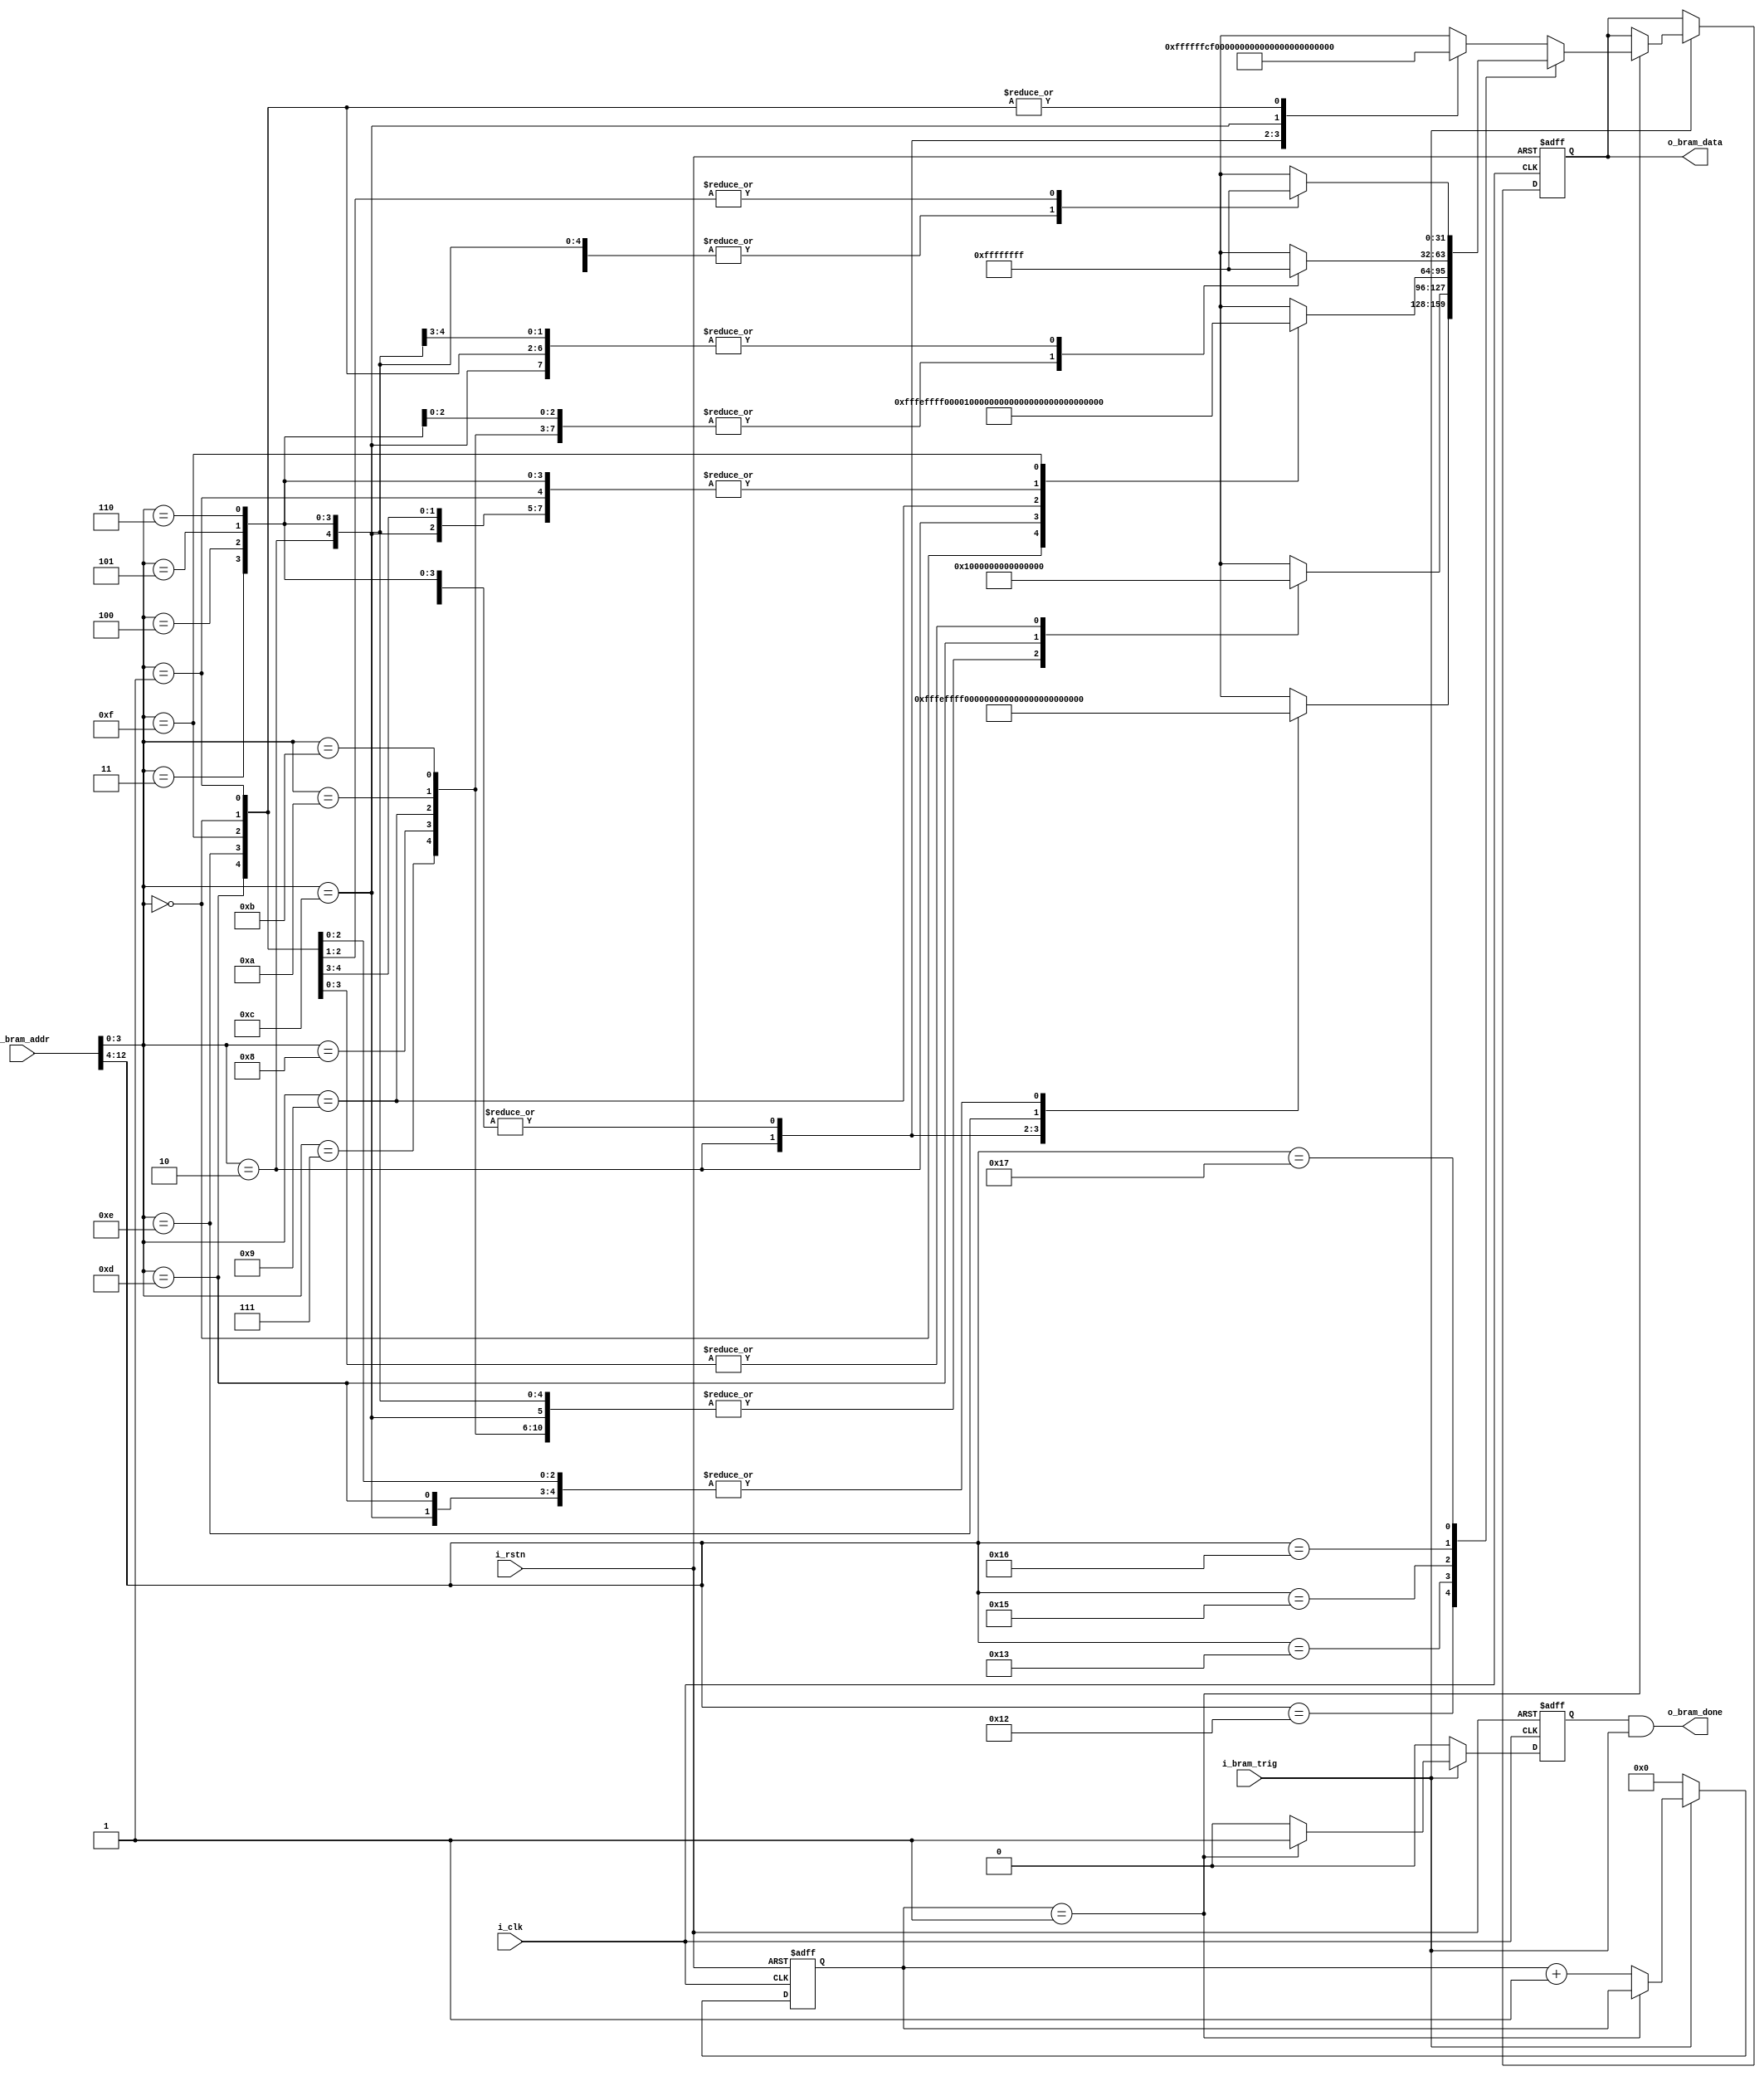
module BRAM_model_rd(
	i_clk,
	i_rstn,
	i_bram_addr,
	o_bram_data,
	i_bram_trig,
	o_bram_done
	
);
	parameter READ_LATENCY=1;  // Defined as: cyc# after 'trig' assertion being accepted
	input i_clk;
	input i_rstn;
	
	input [12:0] i_bram_addr;
	output reg [31:0] o_bram_data;
	input i_bram_trig;
	output o_bram_done;
	
	reg o_bram_done_pre;
	
	// IMPORTANT! 'done' signal must be suppressed when i_trig is down!
	assign o_bram_done = o_bram_done_pre & i_bram_trig;
	
	
	reg [7:0] latency_cnter;
	
	always@(posedge i_clk or negedge i_rstn) begin
		if(~i_rstn) begin
			o_bram_data <= 32'd0;
			o_bram_done_pre <= 1'b0;
			latency_cnter<=8'd0;
			end
		else 
			begin
				if(i_bram_trig)
					begin
						
						if(latency_cnter==READ_LATENCY)
							begin
								o_bram_done_pre<=1'b1;
								o_bram_data<=return_bram_data(i_bram_addr);
							end
						else
							begin
								o_bram_done_pre<=1'b0;
								latency_cnter<=latency_cnter+1'b1;
								//do not touch o_bram_data
							end
					end
				else
					begin
						o_bram_done_pre<=1'b0;
						latency_cnter<=0;
					end
			end
	
	end
	reg [511:0] RAW_DATA_18 = 512'hffffffff_ffffffff_fffeffff_00000000_00000000_00000000_00000000_00000000_00000000_00000000_00000000_00000000_ffffffff_ffffffff_0fffffff_ffffffff	; //{{8{1'b1}} , {496{1'b0}} , {8{1'b1}}};
	reg [511:0] RAW_DATA_19 = 512'hffffffff_ffffffff_00000000_00000000_00000000_00000000_00000000_00000000_00000000_00000000_00000000_00000000_00000000_0fffffff_ffffffff_ffffffff	; //{{8{1'b1}} , {496{1'b0}} , {8{1'b1}}};
	reg [511:0] RAW_DATA_20 = 512'hffffffff_ffffffff_ffffffcf_00000000_00000000_00000000_00000000_00000000_00000000_00000000_00000000_00000000_fcffffff_ffffffff_ffffffff_ffffffff	; //{{8{1'b1}} , {496{1'b0}} , {8{1'b1}}};
	reg [511:0] RAW_DATA_21 = 512'hfffeffff_00000000_00001000_00000000_00000000_00000000_00000000_00000000_00000000_00000100_00000000_00000000_00000000_00000000_00000000_ffffffff	; //{{8{1'b1}} , {496{1'b0}} , {8{1'b1}}};
	reg [511:0] RAW_DATA_22 = 512'hffffffff_ffffffff_ffffffff_ffffffff_00000000_00000000_00000000_00000000_00000000_00000000_00000000_00000000_ffffffff_ffffffff_ffffffff_ffffffff	; //{{8{1'b1}} , {496{1'b0}} , {8{1'b1}}};
	reg [511:0] RAW_DATA_23 = 512'hffffffff_00000000_00000000_00000000_00000000_00000000_00000000_00000000_00000000_00000000_00000000_00000000_00000000_00000000_00000000_ffffffff	; //{{8{1'b1}} , {496{1'b0}} , {8{1'b1}}};
	function automatic [31:0] return_bram_data;
		input [12:0] addr;
		begin
			// TODO: Need to read raw data from a file!	
			case(addr[12:4])
				9'd18:
					case(addr[3:0]) //ref row data
						4'd0:  return_bram_data=RAW_DATA_18[511:480];
						4'd1:  return_bram_data=RAW_DATA_18[479:448];
						4'd2:  return_bram_data=RAW_DATA_18[447:416];
						4'd3:  return_bram_data=RAW_DATA_18[415:384];
						4'd4:  return_bram_data=RAW_DATA_18[383:352];
						4'd5:  return_bram_data=RAW_DATA_18[351:320];
						4'd6:  return_bram_data=RAW_DATA_18[319:288];
						4'd7:  return_bram_data=RAW_DATA_18[287:256];
						4'd8:  return_bram_data=RAW_DATA_18[255:224];
						4'd9:  return_bram_data=RAW_DATA_18[223:192];
						4'd10: return_bram_data=RAW_DATA_18[191:160];
						4'd11: return_bram_data=RAW_DATA_18[159:128];
						4'd12: return_bram_data=RAW_DATA_18[127:96];
						4'd13: return_bram_data=RAW_DATA_18[95:64];
						4'd14: return_bram_data=RAW_DATA_18[63:32];
						4'd15: return_bram_data=RAW_DATA_18[31:0];
						default: return_bram_data=32'hffff_ffff;
					endcase
				9'd19:
					case(addr[3:0]) //ref row data
						4'd0:  return_bram_data=RAW_DATA_19[511:480];
						4'd1:  return_bram_data=RAW_DATA_19[479:448];
						4'd2:  return_bram_data=RAW_DATA_19[447:416];
						4'd3:  return_bram_data=RAW_DATA_19[415:384];
						4'd4:  return_bram_data=RAW_DATA_19[383:352];
						4'd5:  return_bram_data=RAW_DATA_19[351:320];
						4'd6:  return_bram_data=RAW_DATA_19[319:288];
						4'd7:  return_bram_data=RAW_DATA_19[287:256];
						4'd8:  return_bram_data=RAW_DATA_19[255:224];
						4'd9:  return_bram_data=RAW_DATA_19[223:192];
						4'd10: return_bram_data=RAW_DATA_19[191:160];
						4'd11: return_bram_data=RAW_DATA_19[159:128];
						4'd12: return_bram_data=RAW_DATA_19[127:96];
						4'd13: return_bram_data=RAW_DATA_19[95:64];
						4'd14: return_bram_data=RAW_DATA_19[63:32];
						4'd15: return_bram_data=RAW_DATA_19[31:0];
						default: return_bram_data=32'hffff_ffff;
					endcase
				9'd20:
					case(addr[3:0]) //ref row data
						4'd0:  return_bram_data=RAW_DATA_20[511:480];
						4'd1:  return_bram_data=RAW_DATA_20[479:448];
						4'd2:  return_bram_data=RAW_DATA_20[447:416];
						4'd3:  return_bram_data=RAW_DATA_20[415:384];
						4'd4:  return_bram_data=RAW_DATA_20[383:352];
						4'd5:  return_bram_data=RAW_DATA_20[351:320];
						4'd6:  return_bram_data=RAW_DATA_20[319:288];
						4'd7:  return_bram_data=RAW_DATA_20[287:256];
						4'd8:  return_bram_data=RAW_DATA_20[255:224];
						4'd9:  return_bram_data=RAW_DATA_20[223:192];
						4'd10: return_bram_data=RAW_DATA_20[191:160];
						4'd11: return_bram_data=RAW_DATA_20[159:128];
						4'd12: return_bram_data=RAW_DATA_20[127:96];
						4'd13: return_bram_data=RAW_DATA_20[95:64];
						4'd14: return_bram_data=RAW_DATA_20[63:32];
						4'd15: return_bram_data=RAW_DATA_20[31:0];
						default: return_bram_data=32'hffff_ffff;
					endcase
				9'd21:
					case(addr[3:0]) //ref row data
						4'd0:  return_bram_data=RAW_DATA_21[511:480];
						4'd1:  return_bram_data=RAW_DATA_21[479:448];
						4'd2:  return_bram_data=RAW_DATA_21[447:416];
						4'd3:  return_bram_data=RAW_DATA_21[415:384];
						4'd4:  return_bram_data=RAW_DATA_21[383:352];
						4'd5:  return_bram_data=RAW_DATA_21[351:320];
						4'd6:  return_bram_data=RAW_DATA_21[319:288];
						4'd7:  return_bram_data=RAW_DATA_21[287:256];
						4'd8:  return_bram_data=RAW_DATA_21[255:224];
						4'd9:  return_bram_data=RAW_DATA_21[223:192];
						4'd10: return_bram_data=RAW_DATA_21[191:160];
						4'd11: return_bram_data=RAW_DATA_21[159:128];
						4'd12: return_bram_data=RAW_DATA_21[127:96];
						4'd13: return_bram_data=RAW_DATA_21[95:64];
						4'd14: return_bram_data=RAW_DATA_21[63:32];
						4'd15: return_bram_data=RAW_DATA_21[31:0];
						default: return_bram_data=32'hffff_ffff;
					endcase
				9'd22:
					case(addr[3:0]) //ref row data
						4'd0:  return_bram_data=RAW_DATA_22[511:480];
						4'd1:  return_bram_data=RAW_DATA_22[479:448];
						4'd2:  return_bram_data=RAW_DATA_22[447:416];
						4'd3:  return_bram_data=RAW_DATA_22[415:384];
						4'd4:  return_bram_data=RAW_DATA_22[383:352];
						4'd5:  return_bram_data=RAW_DATA_22[351:320];
						4'd6:  return_bram_data=RAW_DATA_22[319:288];
						4'd7:  return_bram_data=RAW_DATA_22[287:256];
						4'd8:  return_bram_data=RAW_DATA_22[255:224];
						4'd9:  return_bram_data=RAW_DATA_22[223:192];
						4'd10: return_bram_data=RAW_DATA_22[191:160];
						4'd11: return_bram_data=RAW_DATA_22[159:128];
						4'd12: return_bram_data=RAW_DATA_22[127:96];
						4'd13: return_bram_data=RAW_DATA_22[95:64];
						4'd14: return_bram_data=RAW_DATA_22[63:32];
						4'd15: return_bram_data=RAW_DATA_22[31:0];
						default: return_bram_data=32'hffff_ffff;
					endcase
				9'd23:
					case(addr[3:0]) //ref row data
						4'd0:  return_bram_data=RAW_DATA_23[511:480];
						4'd1:  return_bram_data=RAW_DATA_23[479:448];
						4'd2:  return_bram_data=RAW_DATA_23[447:416];
						4'd3:  return_bram_data=RAW_DATA_23[415:384];
						4'd4:  return_bram_data=RAW_DATA_23[383:352];
						4'd5:  return_bram_data=RAW_DATA_23[351:320];
						4'd6:  return_bram_data=RAW_DATA_23[319:288];
						4'd7:  return_bram_data=RAW_DATA_23[287:256];
						4'd8:  return_bram_data=RAW_DATA_23[255:224];
						4'd9:  return_bram_data=RAW_DATA_23[223:192];
						4'd10: return_bram_data=RAW_DATA_23[191:160];
						4'd11: return_bram_data=RAW_DATA_23[159:128];
						4'd12: return_bram_data=RAW_DATA_23[127:96];
						4'd13: return_bram_data=RAW_DATA_23[95:64];
						4'd14: return_bram_data=RAW_DATA_23[63:32];
						4'd15: return_bram_data=RAW_DATA_23[31:0];
						default: return_bram_data=32'hffff_ffff;
					endcase
				default:
					case(addr[3:0])
						4'd0:  return_bram_data=RAW_DATA_20[511:480];
						4'd1:  return_bram_data=RAW_DATA_20[479:448];
						4'd2:  return_bram_data=RAW_DATA_20[447:416];
						4'd3:  return_bram_data=RAW_DATA_20[415:384];
						4'd4:  return_bram_data=RAW_DATA_20[383:352];
						4'd5:  return_bram_data=RAW_DATA_20[351:320];
						4'd6:  return_bram_data=RAW_DATA_20[319:288];
						4'd7:  return_bram_data=RAW_DATA_20[287:256];
						4'd8:  return_bram_data=RAW_DATA_20[255:224];
						4'd9:  return_bram_data=RAW_DATA_20[223:192];
						4'd10: return_bram_data=RAW_DATA_20[191:160];
						4'd11: return_bram_data=RAW_DATA_20[159:128];
						4'd12: return_bram_data=RAW_DATA_20[127:96];
						4'd13: return_bram_data=RAW_DATA_20[95:64];
						4'd14: return_bram_data=RAW_DATA_20[63:32];
						4'd15: return_bram_data=RAW_DATA_20[31:0];
						default: return_bram_data=32'hffff_ffff;
					endcase
					
			endcase
		end
	endfunction

endmodule